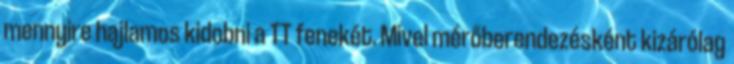
mennyire hajlamos kidobni a TT fenekét. Mivel mérőberendezésként kizárólag